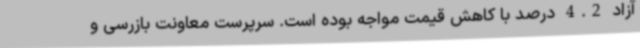
آزاد 4.2 درصد با کاهش قیمت مواجه بوده است. سرپرست معاونت بازرسی و